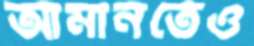
আমানতেও